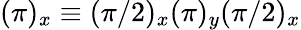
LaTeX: (\pi)_{x}\equiv(\pi/2)_{x}(\pi)_{y}(\pi/2)_{x}